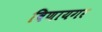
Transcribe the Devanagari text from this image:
विणायगर